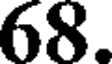
68.